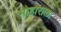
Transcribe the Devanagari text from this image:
मोहोराला